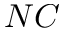
N C